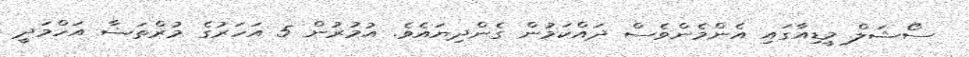
ސޯޝަލް މީޑިއާގައި އެންމެންވެސް ދައްކަމުން ގެންދިޔައެވެ. އުމުރުން 5 އަހަރުގެ މުރްތަޟާ އަހްމަދީ